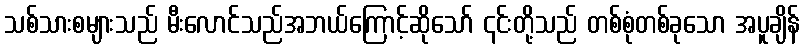
သစ်သားစများသည် မီးလောင်သည်အဘယ်ကြောင့်ဆိုသော် ၎င်းတို့သည် တစ်စုံတစ်ခုသော အပူချိန်